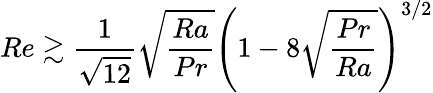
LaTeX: Re\gtrsim\frac{1}{\sqrt{12}}\sqrt{\frac{Ra}{Pr}}\left(1-8\sqrt{\frac{Pr}{Ra}}\right)^{3/2}